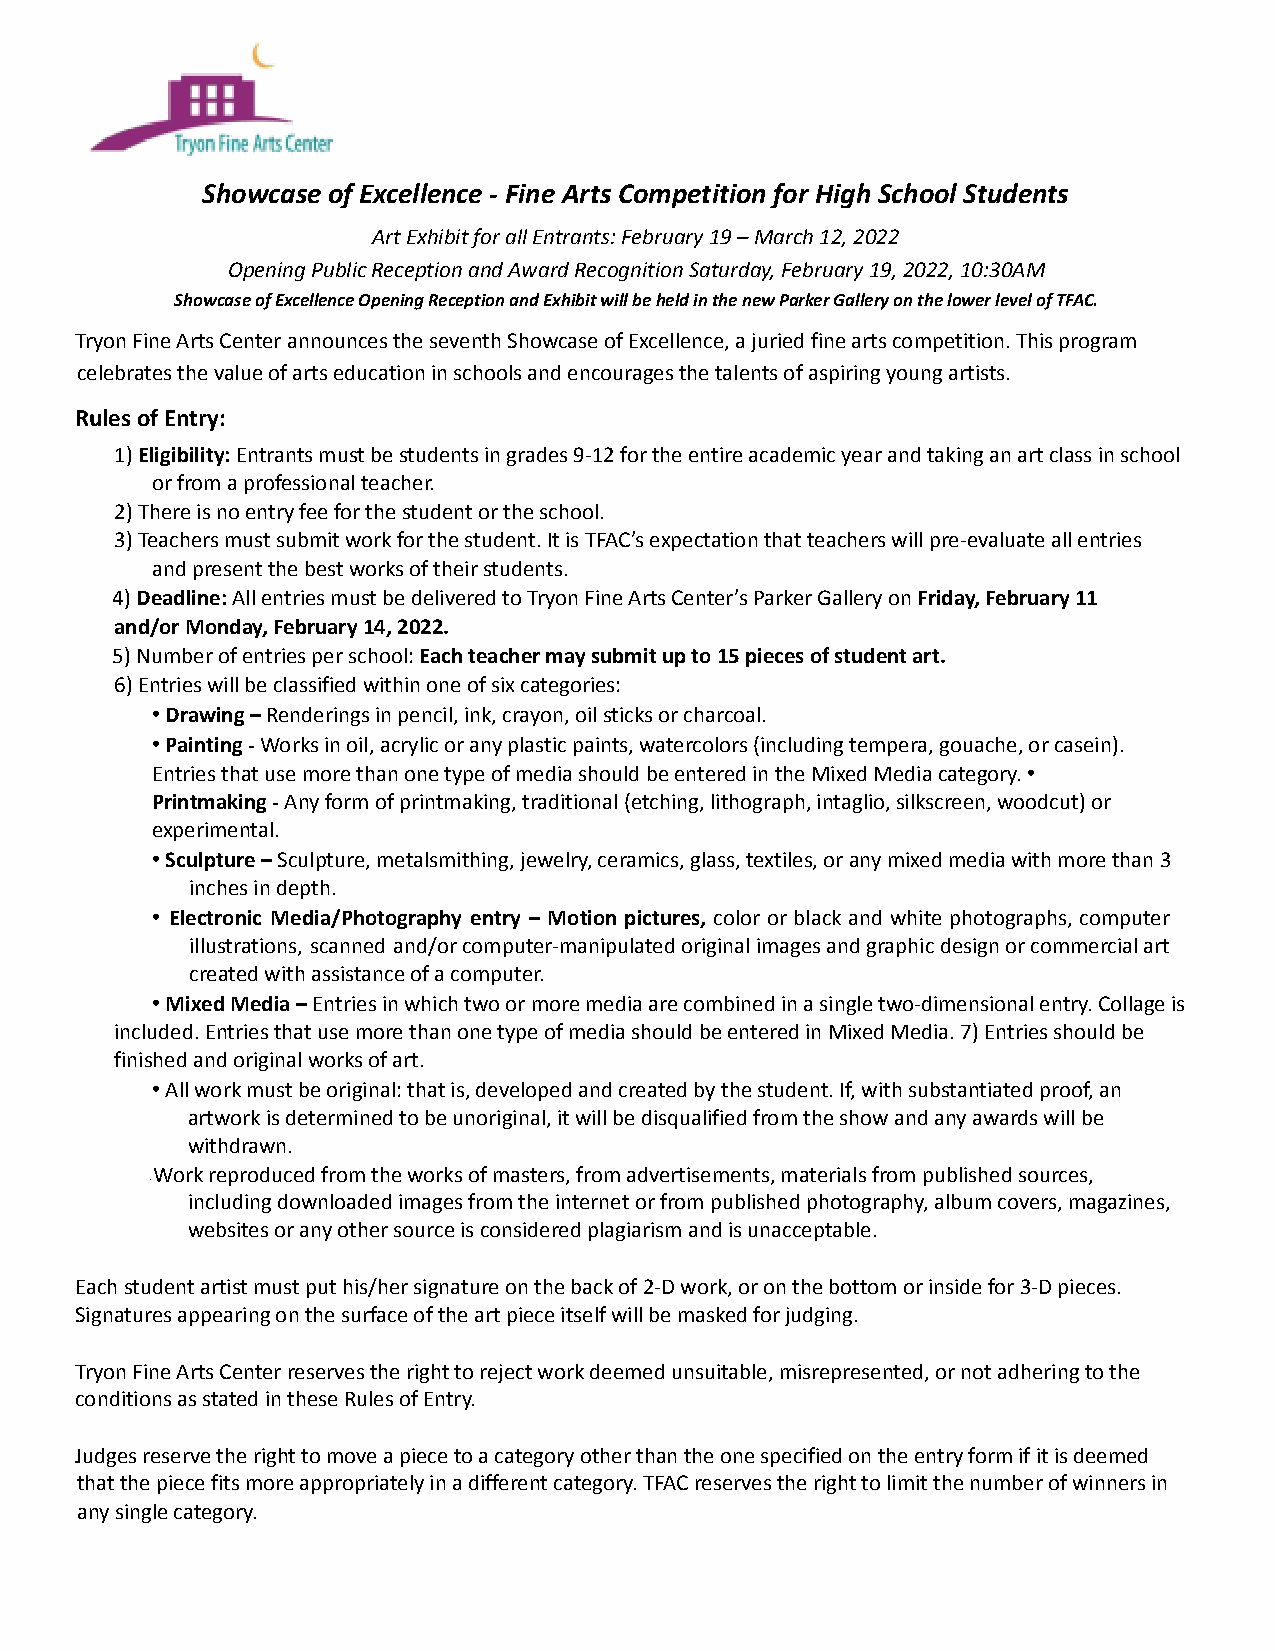
Showcase of Excellence - Fine Arts Competition for High School Students
 Art Exhibit for all Entrants: February 19 – March 12, 2022
 Opening Public Reception and Award Recognition Saturday, February 19, 2022, 10:30AM
 Showcase of Excellence Opening Reception and Exhibit will be held in the new Parker Gallery on the lower level of TFAC.
 Tryon Fine Arts Center announces the seventh Showcase of Excellence, a juried fine arts competition. This program
 celebrates the value of arts education in schools and encourages the talents of aspiring young artists.
 Rules of Entry:
 1)Eligibility:Entrants must be students in grades9-12 for the entire academic year and taking an art class in school
 or from a professional teacher.
 2) There is no entry fee for the student or the school.
 3) Teachers must submit work for the student. It is TFAC’s expectation that teachers will pre-evaluate all entries
 and present the best works of their students.
 4)Deadline:All entries must be delivered to TryonFine Arts Center’s Parker Gallery onFriday, February11
 and/or Monday, February 14, 2022.
 5) Number of entries per school:Each teacher maysubmit up to 15 pieces of student art.
 6) Entries will be classified within one of six categories:
 •Drawing –Renderings in pencil, ink, crayon, oilsticks or charcoal.
 •Painting -Works in oil, acrylic or any plasticpaints, watercolors (including tempera, gouache, or casein).
 Entries that use more than one type of media should be entered in the Mixed Media category.•
 Printmaking -Any form of printmaking, traditional(etching, lithograph, intaglio, silkscreen, woodcut) or
 experimental.
 •Sculpture –Sculpture, metalsmithing, jewelry, ceramics,glass, textiles, or any mixed media with more than 3
 inches in depth.
 • Electronic Media/Photography entry – Motion pictures, color or black and white photographs, computer
 illustrations, scanned and/orcomputer-manipulatedoriginalimagesandgraphicdesignorcommercialart
 created with assistance of a computer.
 •Mixed Media –Entries in which two or more mediaare combined in a single two-dimensional entry. Collage is
 included. Entries that use more than one type of media should be entered in Mixed Media. 7) Entries should be
 finished and original works of art.
 •All work must be original: that is, developed andcreated by the student. If, with substantiated proof, an
 artwork is determined to be unoriginal, it will be disqualified from the show and any awards will be
 withdrawn.
 Work reproduced from the works of masters, fromadvertisements, materials from published sources,
 ∙
 including downloaded images from the internet or from published photography, album covers, magazines,
 websites or any other source is considered plagiarism and is unacceptable.
 Each student artist must put his/her signature on the back of 2-D work, or on the bottom or inside for 3-D pieces.
 Signatures appearing on the surface of the art piece itself will be masked for judging.
 Tryon Fine Arts Center reserves the right to reject work deemed unsuitable, misrepresented, or not adhering to the
 conditions as stated in these Rules of Entry.
 Judges reserve the right to move a piece to a category other than the one specified on the entry form if it is deemed
 that the piece fits more appropriately in a different category. TFAC reserves the right to limit the number of winners in
 any single category.